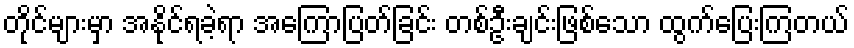
တိုင်များမှာ အနိုင်ရခဲ့ရာ အကြောပြတ်ခြင်း တစ်ဦးချင်းဖြစ်သော ထွက်ပြေးကြတယ်